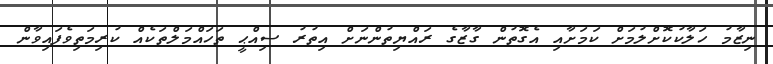
ނިޒާމު ހަލާކުކޮށްލުމަށް ކަމަށާއި އެގޮތުން ގާޒާގެ ރައްޔިތުންނަށް އިތުރު ސިއްޙީ ތަހައްމަލްތަކެއް ކުރިމަތިވެފައިވާން